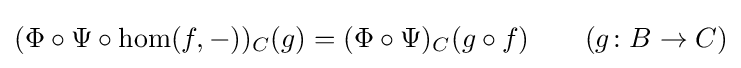
(\Phi \circ \Psi \circ \hom(f,-))_{C}(g)=(\Phi \circ \Psi )_{C}(g\circ f)\qquad (g\colon B\to C)